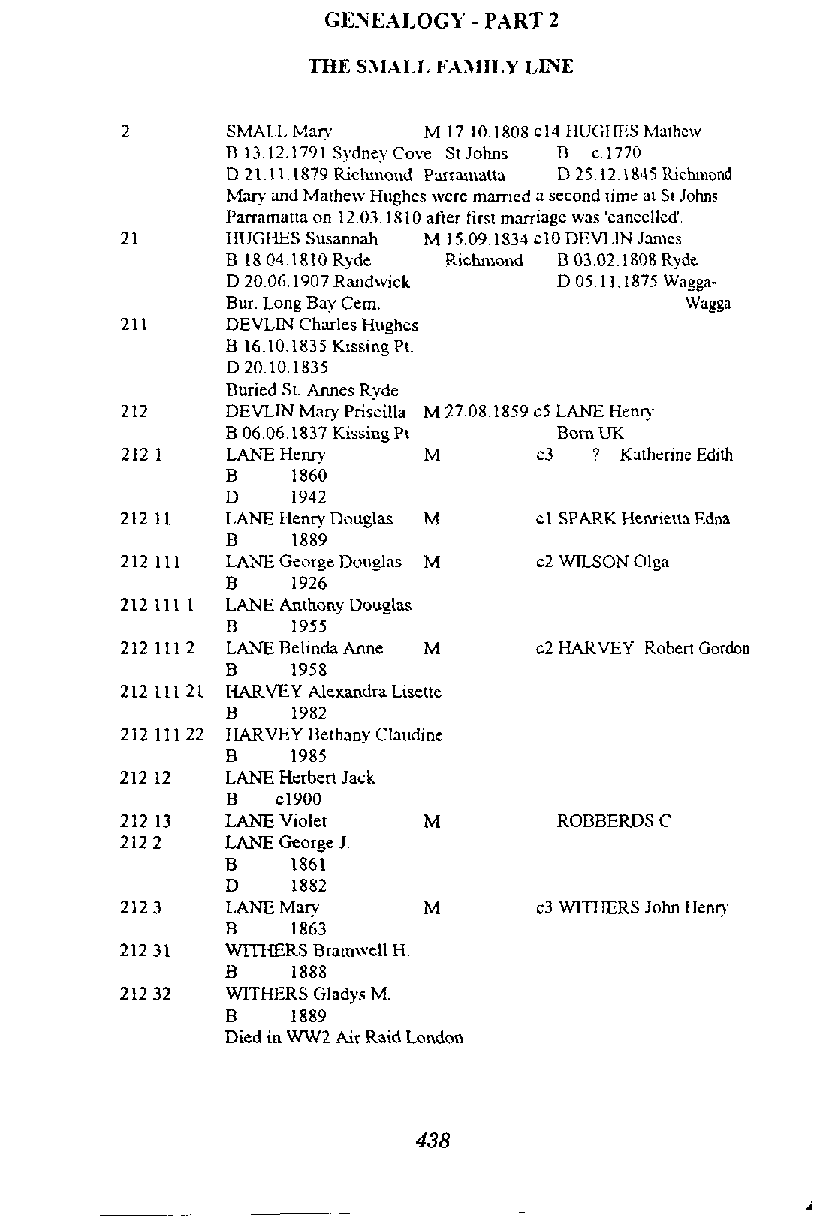
GENEALOGY - PART 2
 THE SJULL FAJIILY LIXE
 SMALL Man.   M 17 10.1808 c14 HUGHliSM~thcrv
 B 13.12.1791 Sgdnq Cave Sr Johns D c.1770
 D 21 Ill879 Richmond Panamatta D25.12.lXJ5 Itichmond
 Mary and Marhew Hughes werc mmied r! second tune a1 Sr Johns
 Parramana on 1203.1810 after first marriage was 'cancelled'
 2 1    HUGHES Susannah M 15.09,1 831 s10 DEVLlN James
 B I8041810 Ryde Richmond B 03.021808 Ryde
 D 20.06.1907Randwick  D 0511.1875 Wagga-
 Bur. Long Bay Cem.            Wagga
 D 20.10.1835
 Buried St. Annes Ryde
 DEVLLN k r yP riscilla M 27,081859 c5 LANE H e q
 B 0606,1837 Kissing Pt Born UK
 LANE Hew     M       c3 ? Kathcrme Edith
 B   1860
 D   1942
 LANE Henry Douglas M cl SPARK Hennetla Edna
 B   1889
 LANE George Douglas M c2 WlLSON Olga
 B   1926
 LANE Anthony Doue-l as
 B   1955
 LANE Bel~ndaA nne M c2 HARVEY Rohen Gordon
 HARVEY Alexandra Lixtte
 B   1982
 HARVEY Bethany Claudine
 B   1985
 LANE Hcrhen Jack
 B  c1900
 LANE Violet  M        ROBBERDS C
 LANE George J.
 B   1861
 D   1882
 LANE Mary    M      c3 WITHERS John Hem)
 B   1863
 WmERS Brmwell H.
 B   1888
 WITHERS Gladys M.
 B   1889
 Died in WW2 Air Raid London